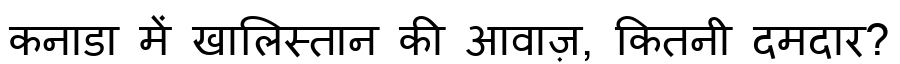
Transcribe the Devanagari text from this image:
कनाडा में खालिस्तान की आवाज़, कितनी दमदार?